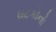
ઘટકોનો